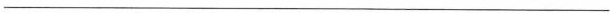
___